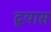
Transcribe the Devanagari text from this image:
द्वयास